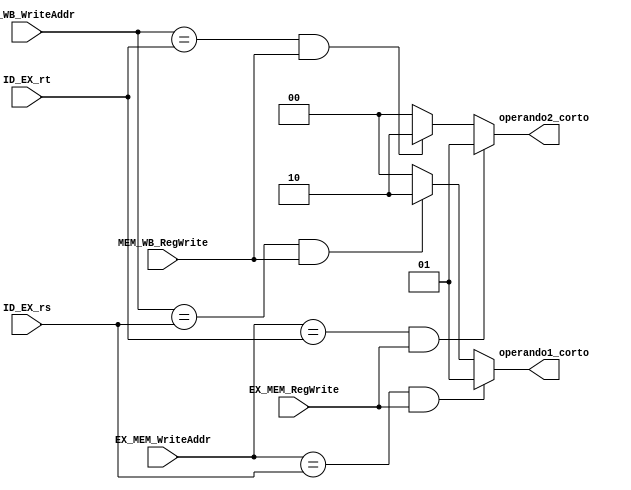
`timescale 1ns / 1ps
//////////////////////////////////////////////////////////////////////////////////
// Company: 
// Engineer: 
// 
// Design Name: 
// Module Name: Unidad_Cortocircuito
// Project Name: 
// Target Devices: 
// Tool Versions: 
// Description: 
// 
// Dependencies: 
// 
// Revision:
// Revision 0.01 - File Created
// Additional Comments:
// 
//////////////////////////////////////////////////////////////////////////////////


module Unidad_Cortocircuito#(
        parameter   N_BITS_RS = 5,          // Bits de rs
        parameter   N_BITS_RT = 5,           // Bits de rt
        parameter   N_BITS_CORTO = 2
    )
    (
        //Inputs
        input wire                          EX_MEM_RegWrite,
        input wire                          MEM_WB_RegWrite,
        input wire [N_BITS_RS - 1 : 0]      ID_EX_rs,
        input wire [N_BITS_RT - 1 : 0]      ID_EX_rt,
        input wire [N_BITS_RT - 1 : 0]      EX_MEM_WriteAddr,
        input wire [N_BITS_RT - 1 : 0]      MEM_WB_WriteAddr,
        
        
        //Outputs
        output reg [N_BITS_CORTO - 1 : 0]      operando1_corto,
        output reg [N_BITS_CORTO - 1 : 0]      operando2_corto
    );
    
    //Condiciones del cortocircuito
    always@(*) begin
        if((EX_MEM_RegWrite == 0) && (MEM_WB_RegWrite == 0))
        begin
            operando1_corto = 'b0;
            operando2_corto = 'b0;
        end
    
        //Condiciones para operando 1:     
        //1. EX_MEM_WriteAddr = ID_EX_rs
        //2. MEM_WB_WriteAddr = ID_EX_rs
    
        if (EX_MEM_WriteAddr == ID_EX_rs && EX_MEM_RegWrite)
        begin
            operando1_corto = 'b1;
        end
        else if (MEM_WB_WriteAddr == ID_EX_rs && MEM_WB_RegWrite)
        begin
            operando1_corto = 'b10;   
        end
        else
        begin
            operando1_corto = 'b0;    
        end
        
        //Condiciones para operando 2:     
        //1. EX_MEM_WriteAddr = ID_EX_rt
        //2. MEM_WB_WriteAddr = ID_EX_rt
        
        if (EX_MEM_WriteAddr == ID_EX_rt && EX_MEM_RegWrite)
        begin
           operando2_corto = 'b1; 
        end
        else if (MEM_WB_WriteAddr == ID_EX_rt && MEM_WB_RegWrite) 
        begin
            operando2_corto = 'b10;       
        end  
        else
        begin
            operando2_corto = 'b0;    
        end  
    end
    
endmodule